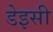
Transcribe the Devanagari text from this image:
डेइसी